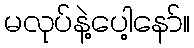
မလုပ်နဲ့ပေါ့နော်။